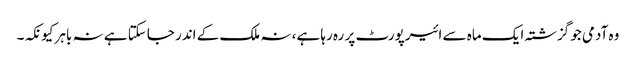
وہ آدمی جو گزشتہ ایک ماہ سے ائیرپورٹ پر رہ رہا ہے، نہ ملک کے اندر جاسکتا ہے نہ باہر کیونکہ۔